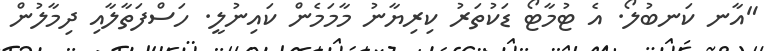
"އާނ ކަނބުލޯ. އެ ޓުމާޓޯ ޑަކުތަރު ކިރިޔާނު މާމަމެން ކައިނުލީ. ހަސްފަތާލާއި ދިމާލުން